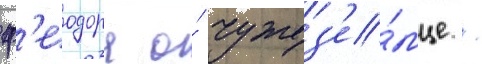
ф'еодора о́ чужез'е́мце /